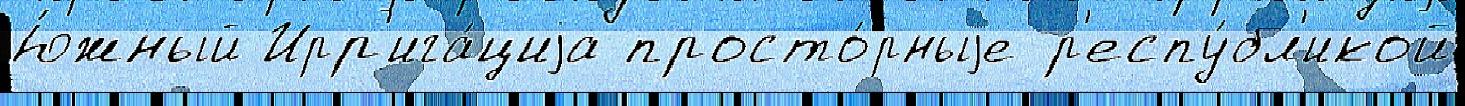
Ю́жный Ирр'ига́циjа просто́рныjе р'еспу́бл'икой